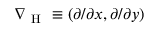
\nabla _ { \mathrm { ~ H ~ } } \equiv ( \partial / \partial x , \partial / \partial y )